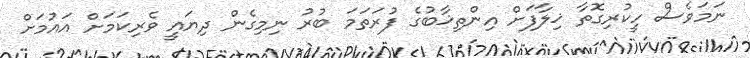
ނަމަވެސް ހީކުރިގޮތާ ޚިލާފަށް އިންތިޚާބުގެ ފުރަތަމަ ބުރު ނިމިގެން ދިޔައީ ވެރިކަމަށް އައުމަށް